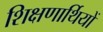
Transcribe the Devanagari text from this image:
शिक्षणार्थियों